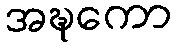
အဍ္ဎကော